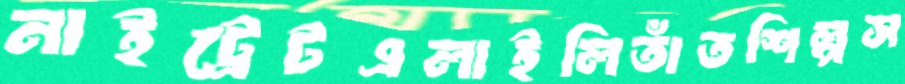
নাইট্রেটএলাইলিতাঁতশিল্পস